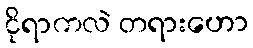
ငိုရာကလဲ တရားဟော